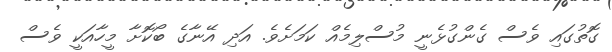
ގޮތުގައި ވެސް ގެންގުޅެނީ މުސްލިމެއް ކަމަށެވެ. އަދި އޭނާގެ ބޯކޮށާ މީހާއަކީ ވެސް